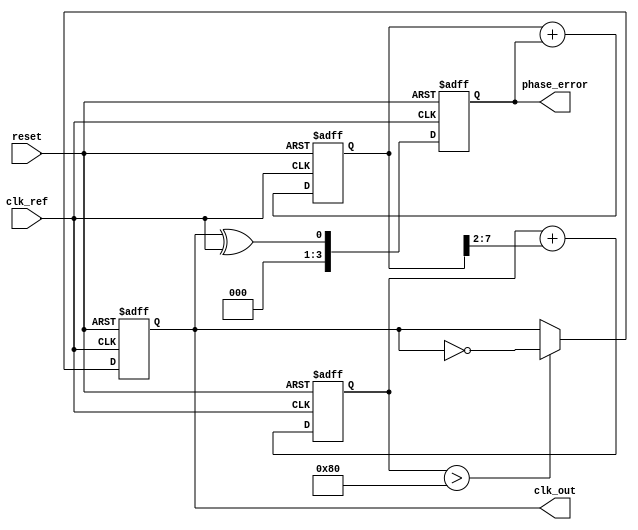
module low_jitter_PLL (
    input wire clk_ref,            // Reference clock input
    input wire reset,              // Asynchronous reset
    output reg clk_out,            // Output clock signal
    output reg [N-1:0] phase_error // Phase error signal for monitoring
);

parameter N = 4; // Division ratio for the frequency divider

// Internal signals
reg [N-1:0] counter;              // Frequency divider counter
reg [7:0] control_voltage;         // Control voltage for VCO
reg [7:0] filtered_error;          // Filtered error signal from the phase detector

// Phase Detector (PD)
always @(posedge clk_ref or posedge reset) begin
    if (reset) begin
        phase_error <= 0;
    end else begin
        // Simple phase detector logic (XOR for demonstration)
        phase_error <= clk_out ^ clk_ref; // Generate phase error signal
    end
end

// Loop Filter (LF)
// A simple first-order low-pass filter implementation
always @(posedge clk_ref or posedge reset) begin
    if (reset) begin
        filtered_error <= 0;
    end else begin
        filtered_error <= filtered_error + phase_error; // Integrate phase error
    end
end

// Voltage-Controlled Oscillator (VCO)
// Simple toggle VCO based on control voltage
always @(posedge clk_ref or posedge reset) begin
    if (reset) begin
        clk_out <= 0;
    end else if (control_voltage > 128) begin
        clk_out <= ~clk_out; // Toggle output clock
    end
end

// Frequency Divider
always @(posedge clk_out or posedge reset) begin
    if (reset) begin
        counter <= 0;
    end else begin
        if (counter == N - 1) begin
            counter <= 0;
        end else begin
            counter <= counter + 1;
        end
    end
end

// Update control voltage based on filtered error
always @(posedge clk_ref or posedge reset) begin
    if (reset) begin
        control_voltage <= 0;
    end else begin
        control_voltage <= control_voltage + (filtered_error[7:0] >> 2); // Simple control voltage adjustment
    end
end

endmodule